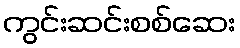
ကွင်းဆင်းစစ်ဆေး